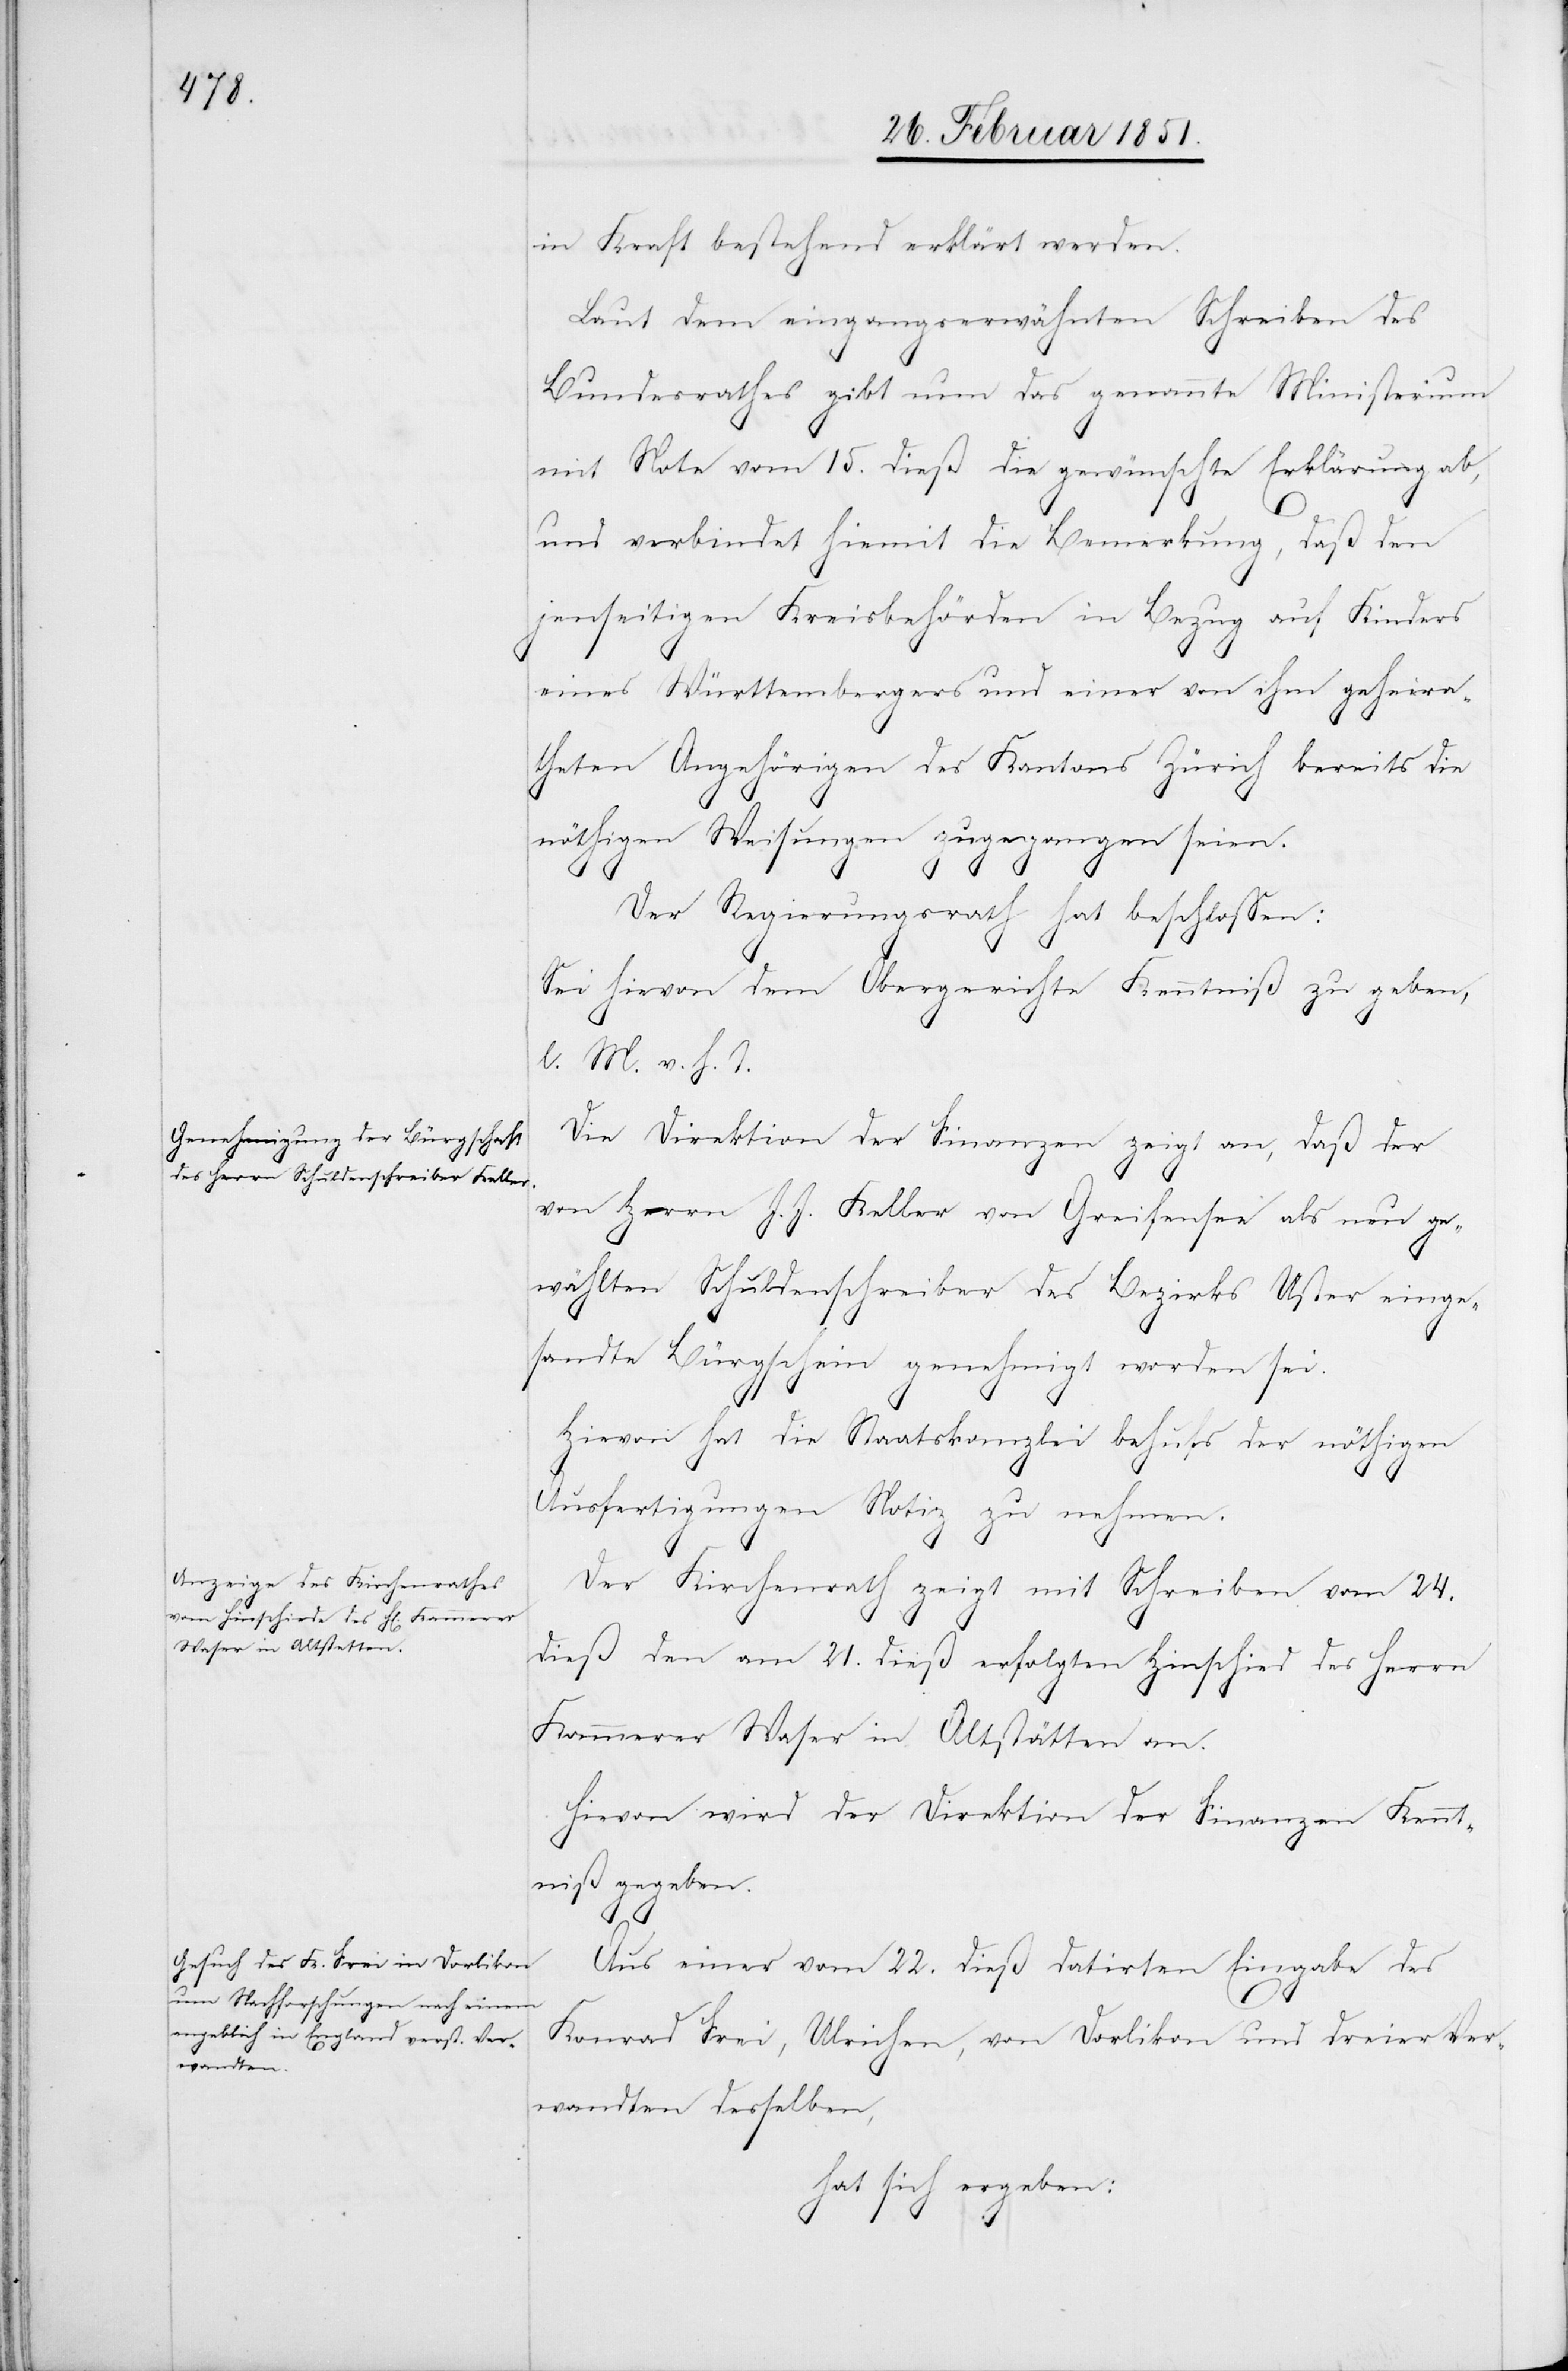
in Kraft bestehend erklärt werden.
Laut dem eingangserwähnten Schreiben des
Bundesrathes gibt nun das genannte Ministerium
mit Note vom 15. dieß die gewünschte Erklärung ab,
und verbindet hiemit die Bemerkung, daß den
jenseitigen Kreisbehörden in Bezug auf Kinders
eines Württembergers und einer von ihm geheira¬
theten Angehörigen des Kantons Zürich bereits die
nöthigen Weisungen zugegangen seien.
Der Regierungsrath hat beschlossen:
Sei hievon dem Obergerichte Kenntniß zu geben,
l. M. v. h. T.
Die Direktion der Finanzen zeigt an, daß der
von Herrn J. J. Keller von Greifensee als neu ge¬
wählten Schuldenschreiber des Bezirks Uster einge¬
sandte Bürgschein genehmigt worden sei.
Hievon hat die Staatskanzlei behufs der nöthigen
Ausfertigungen Notiz zu nehmen.
Der Kirchenrath zeigt mit Schreiben vom 24.
dieß den am 21. dieß erfolgten Hinschied des Herrn
Kammerer Waser in Altstätten an.
Hievon wird der Direktion der Finanzen Kennt¬
niß gegeben.
Aus einer vom 22. dieß datirten Eingabe des
Konrad Frei, Ulrichen, von Dorlikon und dreier Ver¬
wandten desselben,
hat sich ergeben: